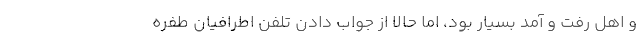
و اهل رفت و آمد بسیار بود، اما حالا از جواب دادن تلفن اطرافیان طفره